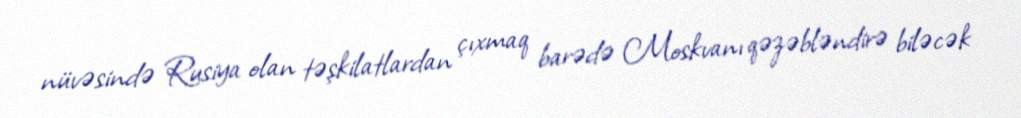
nüvəsində Rusiya olan təşkilatlardan çıxmaq barədə Moskvanı qəzəbləndirə biləcək